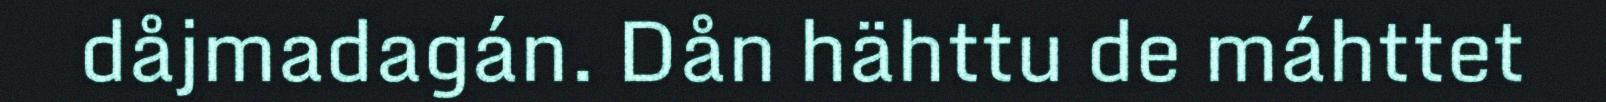
dåjmadagán. Dån hähttu de máhttet